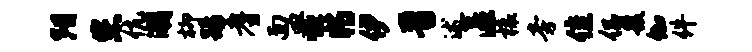
阳您伉潮柳踢耆面皿恒特伊晋述匿榱旁隹侣簇伽件